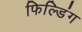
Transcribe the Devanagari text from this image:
फिल्डिंग